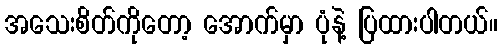
အသေးစိတ်ကိုတော့ အောက်မှာ ပုံနဲ့ ပြထားပါတယ်။